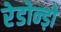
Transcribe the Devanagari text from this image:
रेडोन्ड़ो